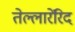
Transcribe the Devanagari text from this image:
तेल्लारेंरिद